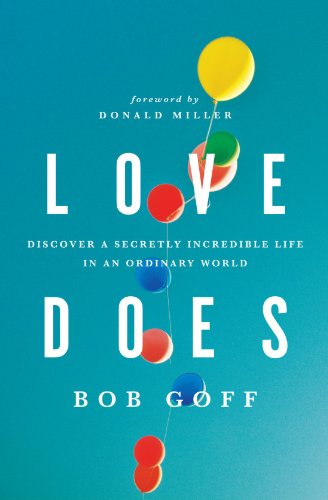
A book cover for Love Does: Discover a Secretly Incredible Life in an Ordinary World; Bob Goff; Christian Books & Bibles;